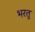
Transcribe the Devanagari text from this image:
भरतु